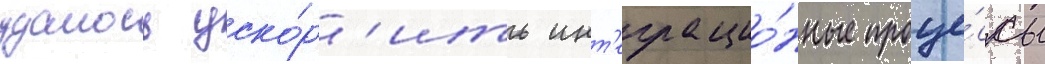
удалось уско́р'ить инт'еграцио́нные проце́ссы